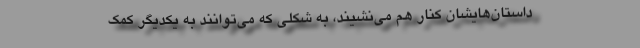
داستان‌هایشان کنار هم می‌نشیند، به شکلی که می‌توانند به یکدیگر کمک